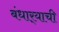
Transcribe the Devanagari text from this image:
बंधार्‍याची